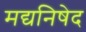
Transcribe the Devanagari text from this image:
मद्यनिषेद